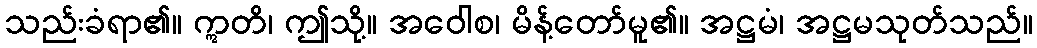
သည်းခံရာ၏။ ဣတိ၊ ဤသို့။ အဝေါစ၊ မိန့်တော်မူ၏။ အဋ္ဌမံ၊ အဋ္ဌမသုတ်သည်။